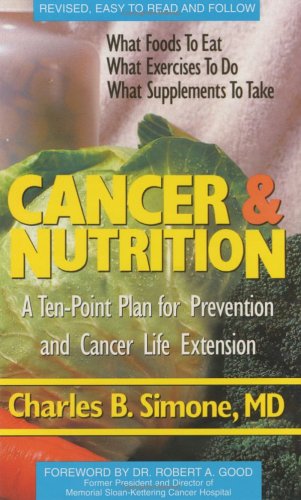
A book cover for Cancer and Nutrition: A Ten Point Plan for Prevention and Cancer Life Extension; Charles B. Simone; Health, Fitness & Dieting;